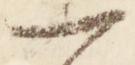
一